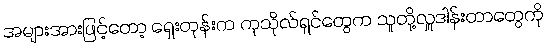
အများအားဖြင့်တော့ ရှေးတုန်းက ကုသိုလ်ရှင်တွေက သူတို့လှူဒါန်းတာတွေကို